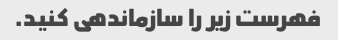
فهرست زیر را سازماندهی کنید.